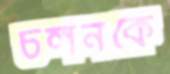
চলনকে